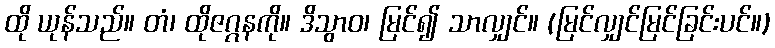
ထို ယုန်သည်။ တံ၊ ထိုဇဂ္ဂနကို။ ဒိသွာဝ၊ မြင်၍ သာလျှင်။ (မြင်လျှင်မြင်ခြင်းပင်။)